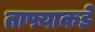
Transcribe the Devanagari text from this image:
ताफ्याकडे